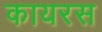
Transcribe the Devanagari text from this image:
कायरस